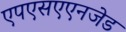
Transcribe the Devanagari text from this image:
एपएसएएनजेड